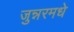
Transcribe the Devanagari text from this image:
जुन्नरमधे